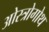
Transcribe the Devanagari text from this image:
ओस्त्रोगोथ